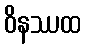
ဝိနဿထ